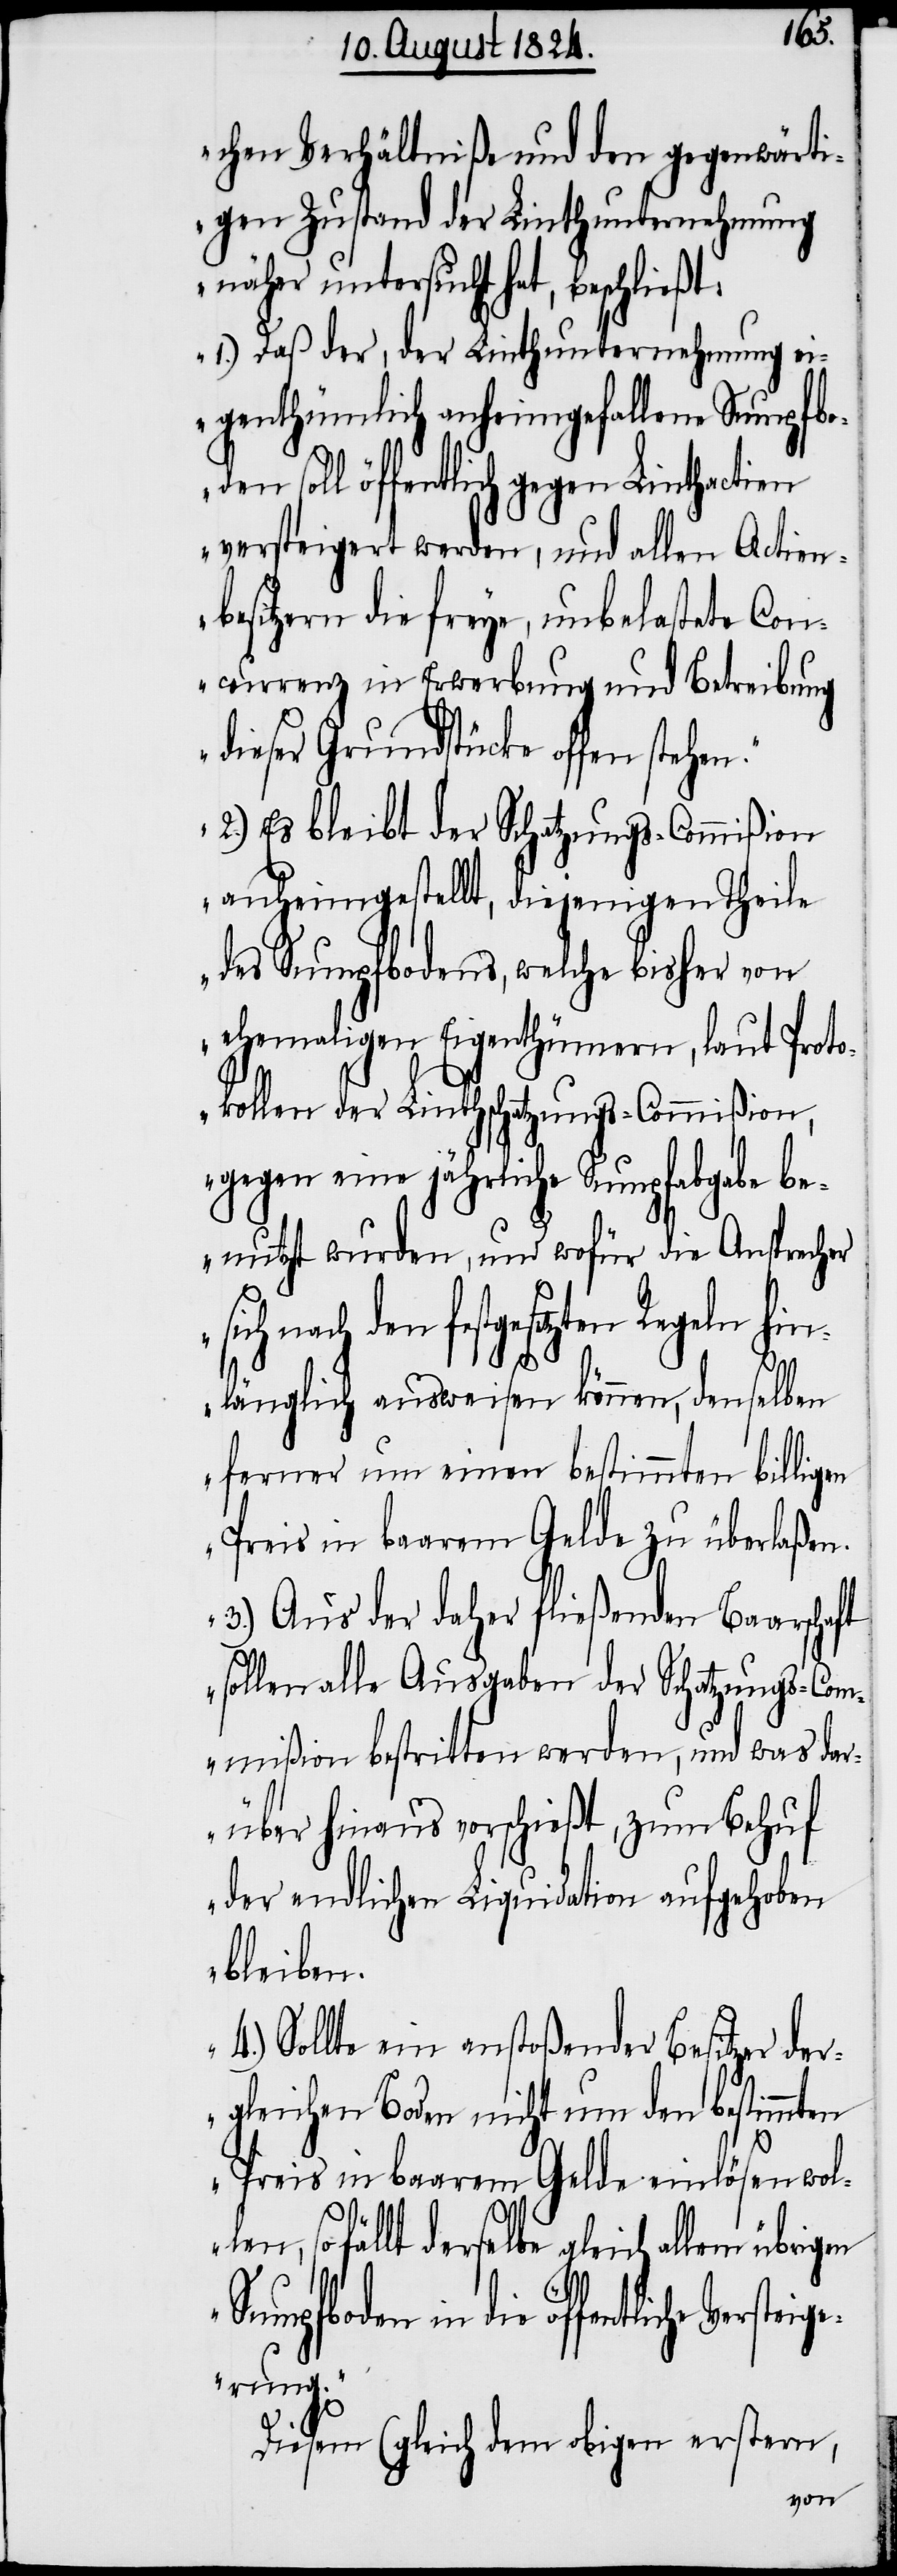
t:
chen Verhältniße und den gegenwärti¬
gen Zustand der Linthunternehmung
näher untersucht hat, beschließ¬
1.) Daß der, der Linthunternehmung ei¬
genthümlich anheimgefallene Sumpfbo¬
versteigert werden, und allen Actien¬
besitzern die freye, unbelastete Con¬
currenz in Erwerbung und Betreibung
dieser Grundstücke offen
2.) Es bleibt der Schatzungs-Commißion
anheimgestellt, diejenigen Theile
des Sumpfbodens, welche bisher von
ehemaligen Eigenthümern, laut Proto¬
kollen der Linthschatzungs-Commißion,
gegen eine jährliche Sumpfabgabe be¬
nutzt wurden, und wofür die Ansprecher
nach den festgesetzten Regeln hin¬
länglich ausweisen können, denselben
ferner um einen bestimmten billigen
Preis in baarem Gelde zu überlaßen.
3.) Aus der daher fließenden Baarschaft
sollen alle Ausgaben der Schatzungs-Com¬
mißion bestritten werden, und was dar¬
über hinaus vorschießt, zum Behuf
der endlichen Liquidation aufgehoben
bleiben.
4.) Sollte ein anstoßender Besitzer der¬
gleichen Boden nicht um den bestimmten
Preis in baarem Gelde einlösen wol¬
len, so fällt derselbe gleich allen übrigen
Sumpfboden in die öffentliche
erung.“
Diesem (gleich dem obigen erstern,